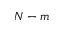
N - m